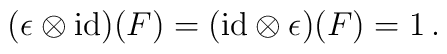
(\epsilon \otimes{\rm id})(F)=({\rm id}\otimes\epsilon )(F)=1\,.